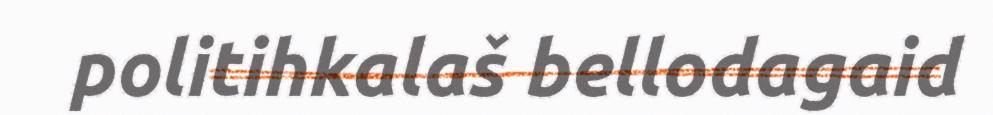
politihkalaš bellodagaid